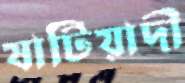
ষাটিয়াদী